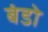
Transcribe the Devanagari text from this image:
बंडो